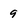
Character: 9